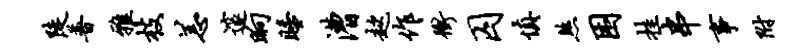
陡普雅枝恙邃晌睡漕趑作冲囚慎煞困挂串事附